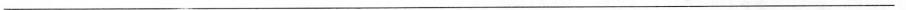
___